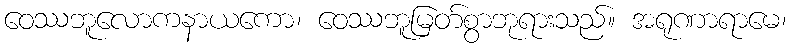
ဝေဿဘူလောကနာယကော၊ ဝေဿဘူမြတ်စွာဘုရားသည်။ အရုဏာရာမေ၊